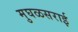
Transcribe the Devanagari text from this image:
मुघळसराई